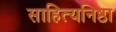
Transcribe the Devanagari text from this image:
साहित्यनिष्ठा